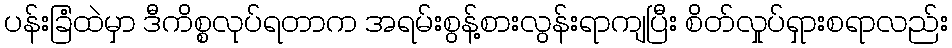
ပန်းခြံထဲမှာ ဒီကိစ္စလုပ်ရတာက အရမ်းစွန့်စားလွန်းရာကျပြီး စိတ်လှုပ်ရှားစရာလည်း